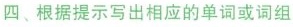
四、根据提示写出相应的单词或词组